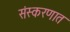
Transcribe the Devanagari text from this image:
संस्करणात